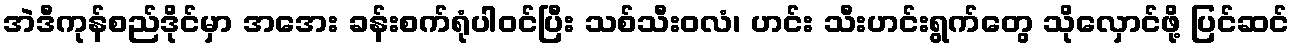
အဲဒီကုန်စည်ဒိုင်မှာ အအေး ခန်းစက်ရုံပါဝင်ပြီး သစ်သီးဝလံ၊ ဟင်း သီးဟင်းရွက်တွေ သိုလှောင်ဖို့ ပြင်ဆင်